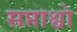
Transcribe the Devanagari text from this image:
सप्ताश्वो